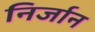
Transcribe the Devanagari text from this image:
निर्जान